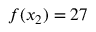
f ( x _ { 2 } ) = 2 7